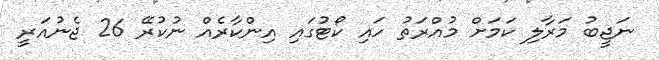
ނަޖީބު މަރާލި ކަމަށް މުއްރަތު ހައި ކޯޓުގައި އިންކާރެއް ނުކުރޭ 26 ޖެނުއަރީ